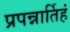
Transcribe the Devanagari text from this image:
प्रपन्नार्तिहं